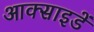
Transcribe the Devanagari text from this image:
आक्साइडें